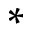
*